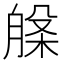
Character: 𭨾